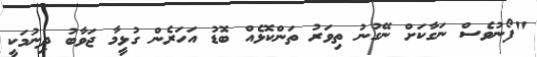
"ފޯނުވެސް ނަގާކަށް ނޭގުނު ތިވަރު ތަންކޮޅެއް ބޮޑު އަހަރެން ގުޅީމާ ޖަވާބު ދިނުމަކީ